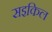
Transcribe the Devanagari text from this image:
सइकिल